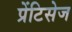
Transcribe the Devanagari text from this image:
प्रेंटिसेज